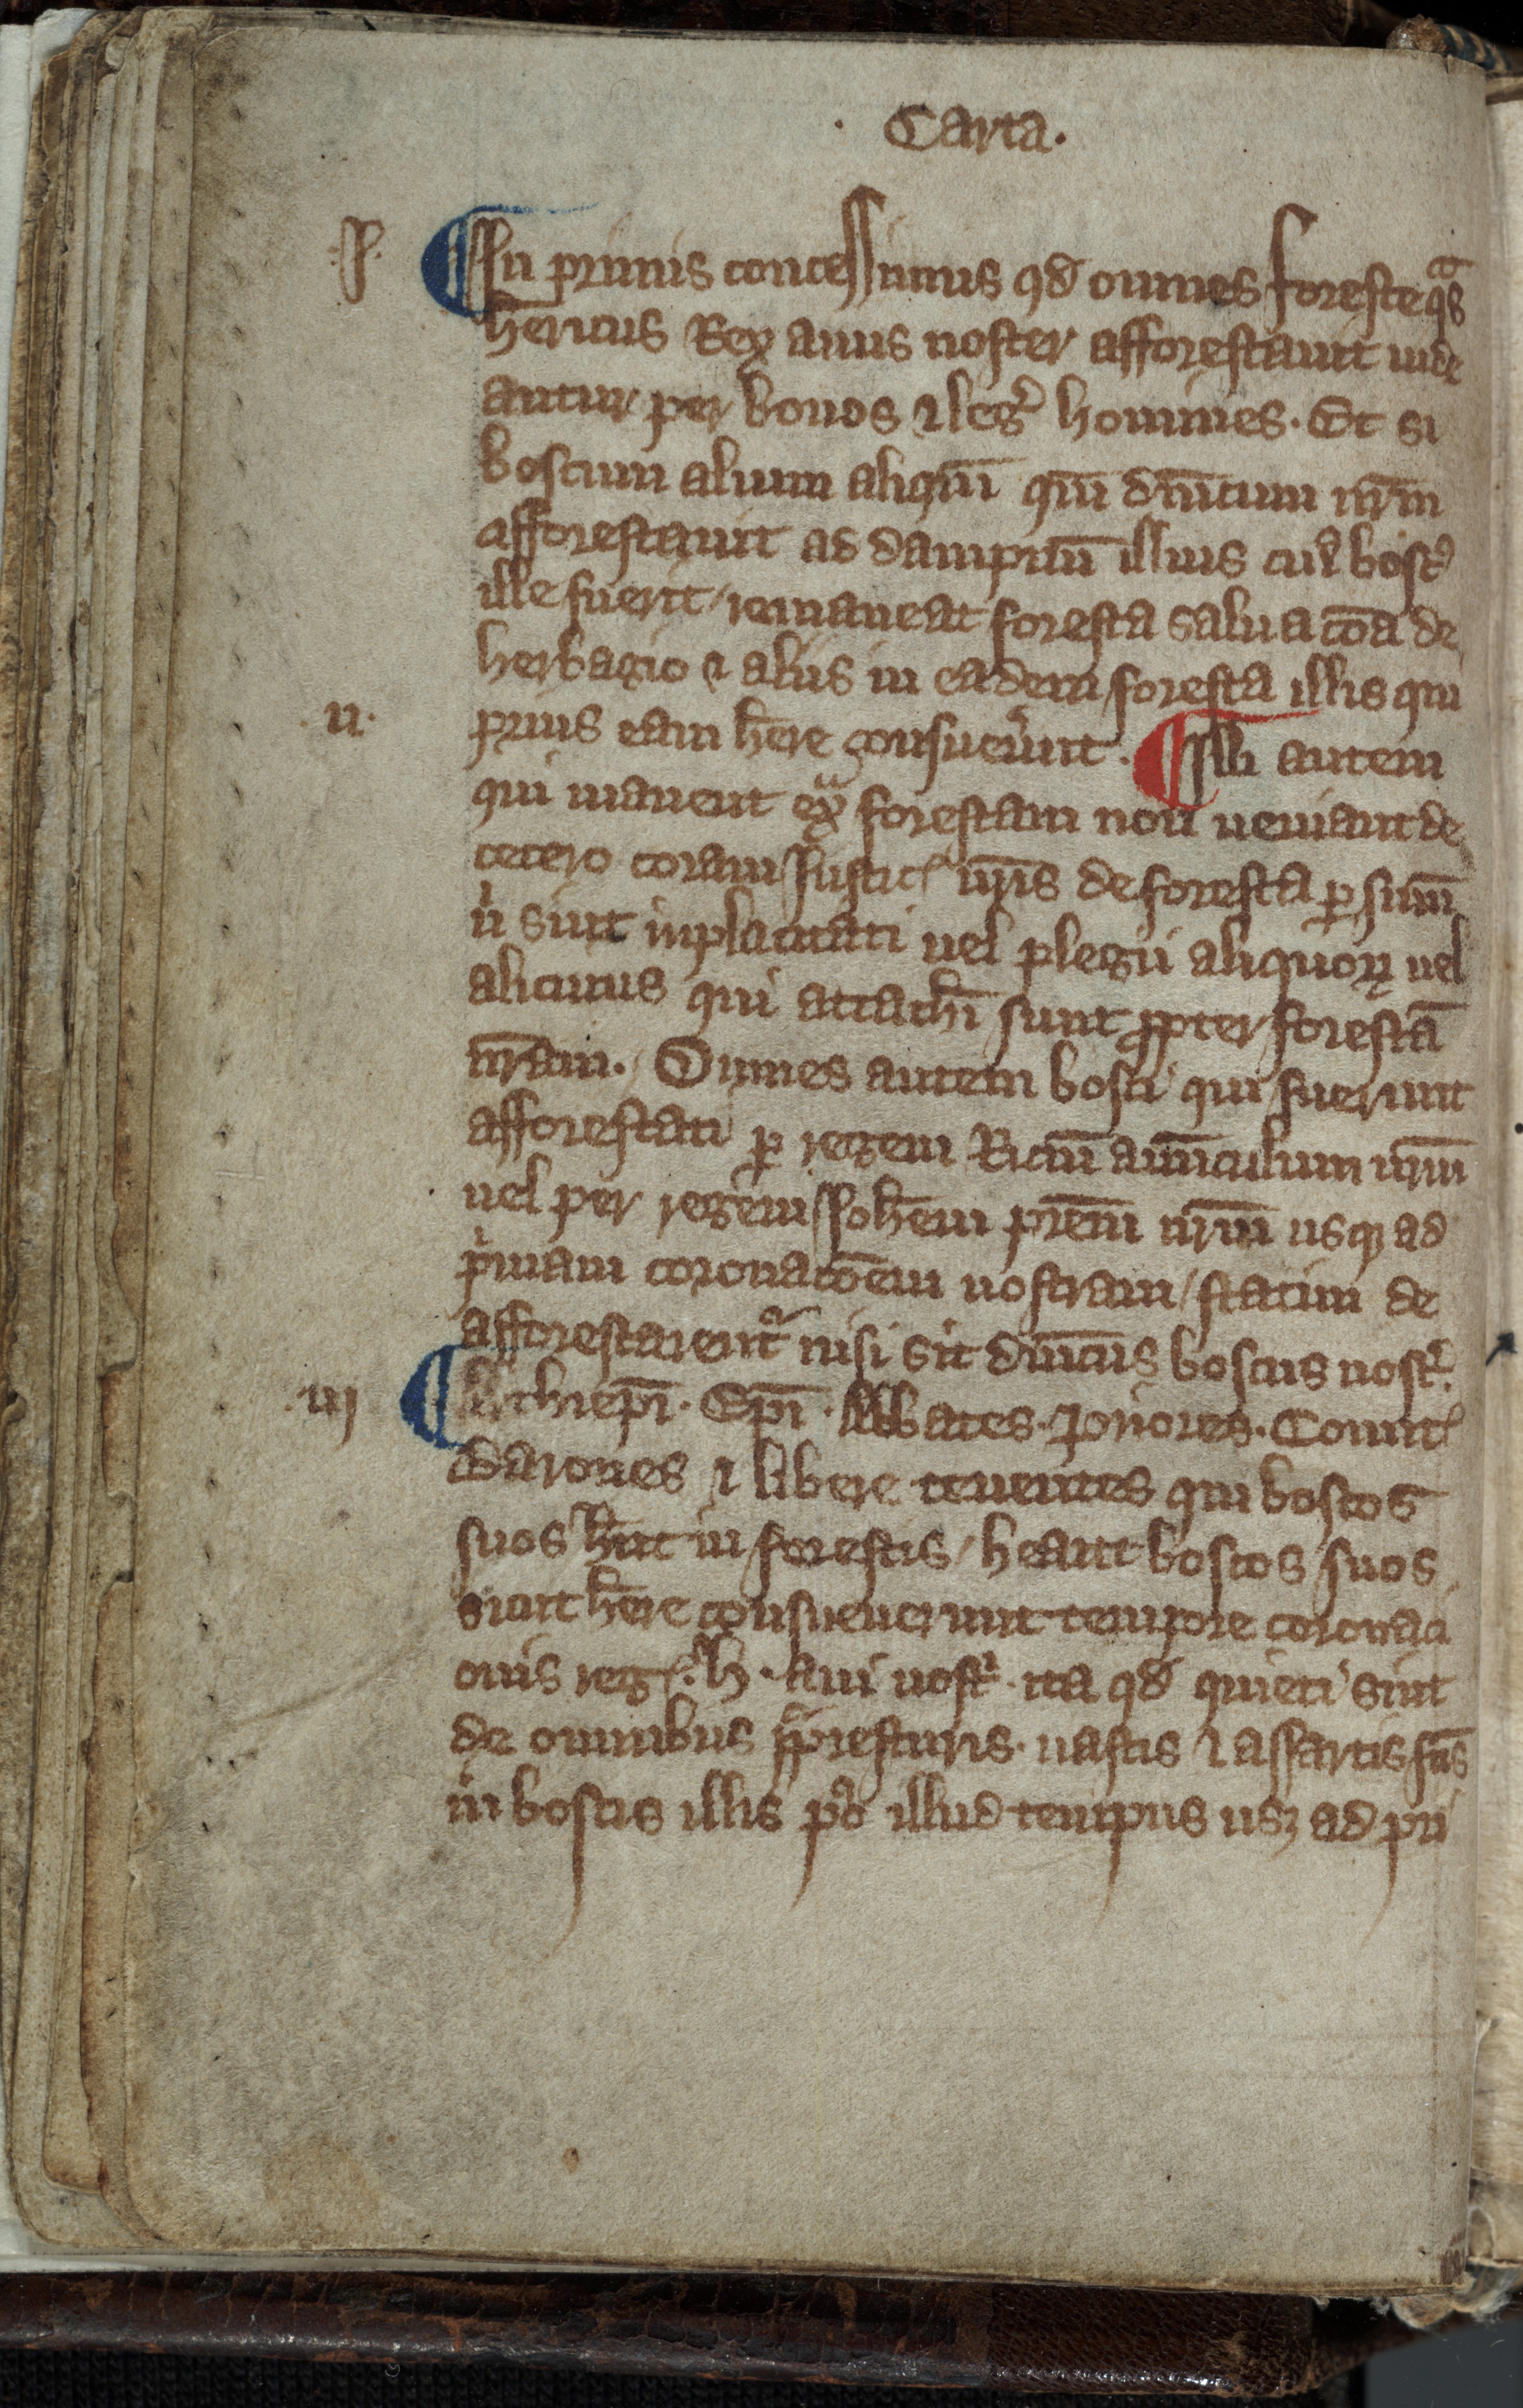
Shelfmark: Toronto, Fisher Library, ms. 01053
Century: 14